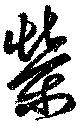
栄